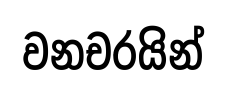
වනචරයින්